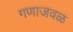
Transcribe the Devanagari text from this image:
गणाजवळ